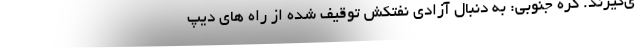
ی‌گیرند. کره جنوبی: به دنبال آزادی نفتکش توقیف شده از راه های دیپ